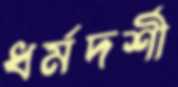
ধর্মদর্শী